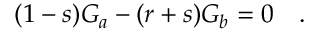
( 1 - s ) G _ { a } - ( r + s ) G _ { b } = 0 \quad .